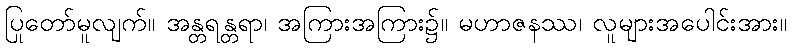
ပြုတော်မူလျက်။ အန္တရန္တရာ၊ အကြားအကြား၌။ မဟာဇနဿ၊ လူများအပေါင်းအား။